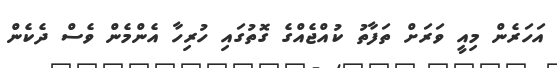
އަހަރެން މިއީ ވަރަށް ތަފާތު ކުއްޖެއްގެ ގޮތުގައި ހުރިހާ އެންމެން ވެސް ދެކެން